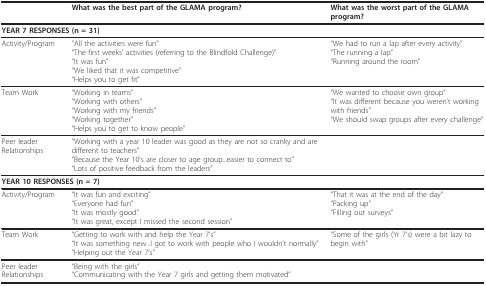
<table><thead><tr><td></td><td><b>What was the best part of the GLAMA program?</b></td><td><b>What was the worst part of the GLAMA program?</b></td></tr></thead><tbody><tr><td colspan="3"><b>YEAR 7 RESPONSES (n = 31)</b></td></tr><tr><td>Activity/Program</td><td>&quot;All the activities were fun&quot;&quot;The first weeks&#x27; activities (referring to the Blindfold Challenge)&quot;&quot;It was fun&quot;&quot;We liked that it was competitive&quot;&quot;Helps you to get fit&quot;</td><td>&quot;We had to run a lap after every activity&quot;&quot;The running a lap&quot;&quot;Running around the room&quot;</td></tr><tr><td>Team Work</td><td>&quot;Working in teams&quot;&quot;Working with others&quot;&quot;Working with my friends&quot;&quot;Working together&quot;&quot;Helps you to get to know people&quot;</td><td>&quot;We wanted to choose own group&quot;&quot;It was different because you weren&#x27;t working with friends&quot;&quot;We should swap groups after every challenge&quot;</td></tr><tr><td>Peer leader Relationships</td><td>&quot;Working with a year 10 leader was good as they are not so cranky and are different to teachers&quot;&quot;Because the Year 10&#x27;s are closer to age group...easier to connect to&quot;&quot;Lots of positive feedback from the leaders&quot;</td><td></td></tr><tr><td colspan="2"><b>YEAR 10 RESPONSES (n = 7)</b></td><td></td></tr><tr><td>Activity/Program</td><td>&quot;It was fun and exciting&quot;&quot;Everyone had fun&quot;&quot;It was mostly good&quot;&quot;It was great, except I missed the second session&quot;</td><td>&quot;That it was at the end of the day&quot;&quot;Packing up&quot;&quot;Filling out surveys&quot;</td></tr><tr><td>Team Work</td><td>&quot;Getting to work with and help the Year 7&#x27;s&quot;&quot;It was something new...I got to work with people who I wouldn&#x27;t normally&quot;&quot;Helping out the Year 7&#x27;s&quot;</td><td>&quot;Some of the girls (Yr 7&#x27;s) were a bit lazy to begin with&quot;</td></tr><tr><td>Peer leader Relationships</td><td>&quot;Being with the girls&quot;&quot;Communicating with the Year 7 girls and getting them motivated&quot;</td><td></td></tr></tbody></table>